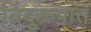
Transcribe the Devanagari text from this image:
बिंदुरूपात